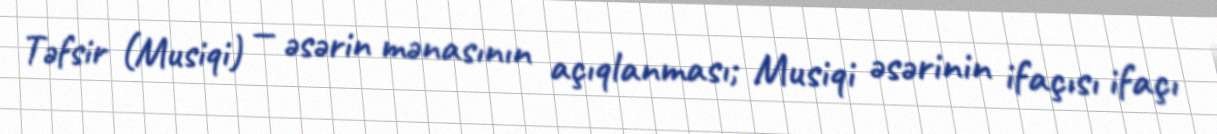
Təfsir (Musiqi) — əsərin mənasının açıqlanması; Musiqi əsərinin ifaçısı ifaçı